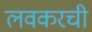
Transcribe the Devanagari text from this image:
लवकरची